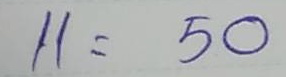
11 = 50